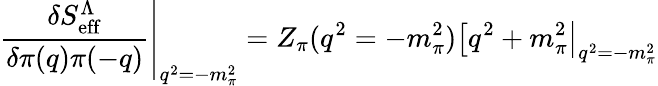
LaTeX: \left.{\frac{\delta S_{\mathrm{eff}}^{\Lambda}}{\delta\pi(q)\pi(-q)}}\right|_{q^{2}=-m_{\pi}^{2}}=Z_{\pi}(q^{2}=-m_{\pi}^{2})\left[q^{2}+m_{\pi}^{2}\right|_{q^{2}=-m_{\pi}^{2}}